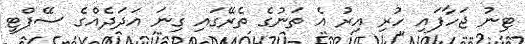
ޓިނު ޖަހާފައި ހުރި އިރު އެ ތަނުގެ ތެރޭގައި ގިނަ އަދަދެއްގެ ސޭފްޓީ